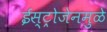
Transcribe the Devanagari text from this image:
ईस्ट्रोजेनमुळे